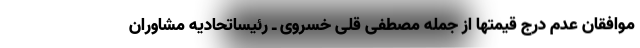
موافقان عدم درج قیمتها از جمله مصطفی قلی خسروی ـ رئیساتحادیه مشاوران